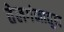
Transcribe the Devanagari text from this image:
तेलगंनातून